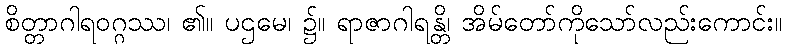
စိတ္တာဂါရဝဂ္ဂဿ၊ ၏။ ပဌမေ၊ ၌။ ရာဇာဂါရန္တိ၊ အိမ်တော်ကိုသော်လည်းကောင်း။